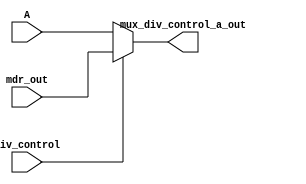
module mux_div_control_a(
    input wire div_control,
    input wire [31:0] A, mdr_out, 
    output wire [31:0] mux_div_control_a_out
);
    
    assign mux_div_control_a_out =  (div_control == 1'b0) ?  A:
                                    (div_control == 1'b1) ?  mdr_out:
                                    1'bX;


endmodule